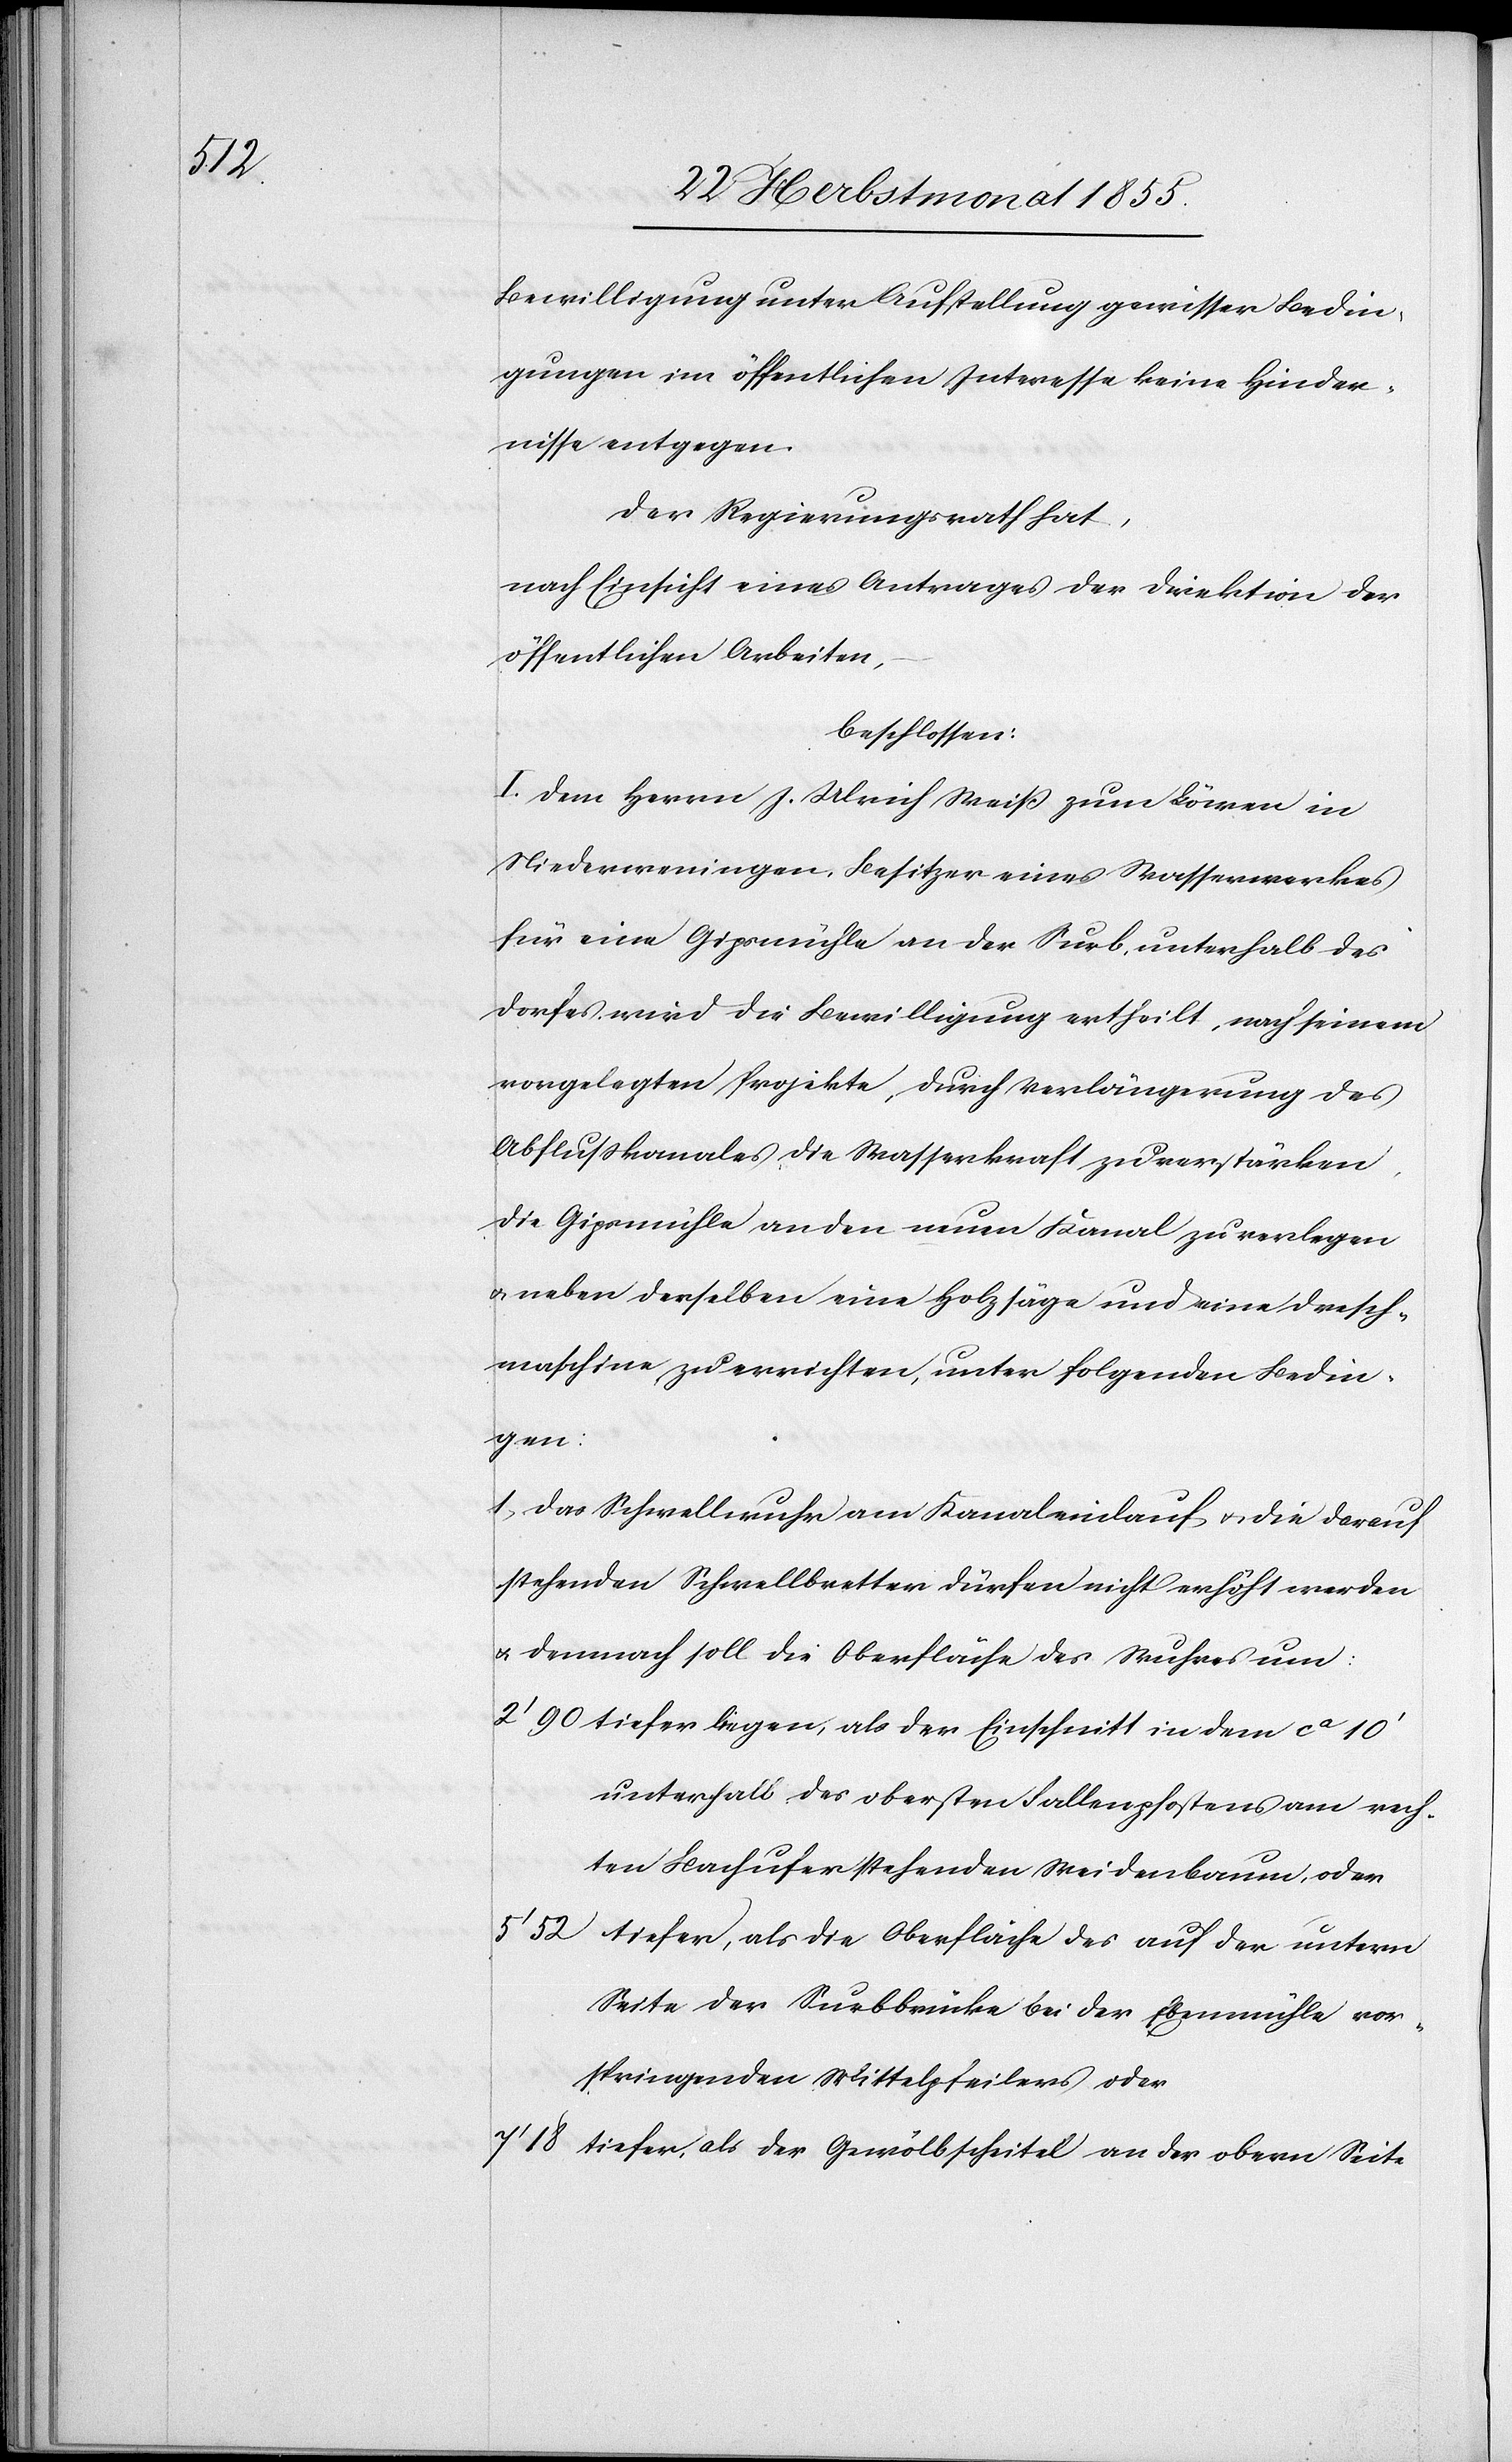
Bewilligung unter Aufstellung gewisser Bedin¬
gungen im öffentlichen Interesse keine Hinder¬
nisse entgegen.
Der Regierungsrath hat,
nach Einsicht eines Antrages der Direktion der
öffentlichen Arbeiten,
beschlossen:
I. Dem Herrn J. Ulrich Weiß zum Löwen in
Niederweningen, Besitzer eines Wasserwerkes
für eine Gipsmühle an der Surb, unterhalb des
Dorfes, wird die Bewilligung ertheilt, nach seinem
vorgelegten Projekte, durch Verlängerung des
Abflußkanales die Wasserkraft zu verstärken,
die Gipsmühle an den neuen Kanal zu verlegen
& neben derselben eine Holzsäge und eine Dresch¬
maschine zu errichten, unter folgenden Bedin[gu¬
n]gen:
Das Schwellwuhr am Kanaleinlauf & die darauf
stehenden Schwellbretter dürfen nicht erhöht werden
& demnach soll die Oberfläche des Wuhres um:
tiefer liegen, als der Einschnitt in dem ca 10‘
unterhalb des obersten Fallenpfostens am rech¬
ten Bachufer stehenden Weidenbaum, oder
tiefer, als die Oberfläche des auf der untern
Seite der Surbbrücke bei der Ebenmühle vor¬
springenden Mittelpfeilers oder
tiefer, als der Gewölbscheitel an der obern Seite